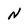
Character: n